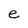
Character: e